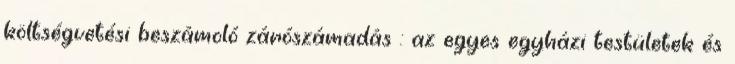
költségvetési beszámoló zárószámadás : az egyes egyházi testületek és